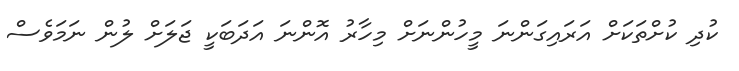
ކުދި ކުށްތަކަށް އަރައިގަންނަ މީހުންނަށް މިހާރު އޮންނަ އަދަބަކީ ޖަލަށް ލުން ނަމަވެސް